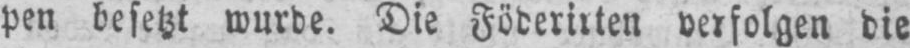
pen besetzt wurde. Die Föderirten verfolgen die